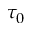
\tau _ { 0 }